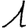
Digit: 1